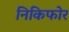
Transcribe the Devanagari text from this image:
निकिफोर